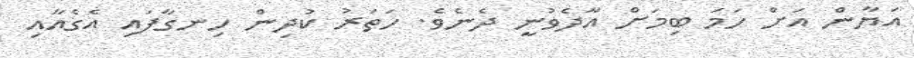
އަޔާން އަށް ހަމަ ބިމަށް އާދެވުނީ ދެނެވެ. ހަތަރު ކުދިން ހިނގާފައި އެގެއާއި